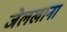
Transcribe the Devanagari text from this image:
जेलखाना